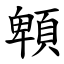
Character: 䫌